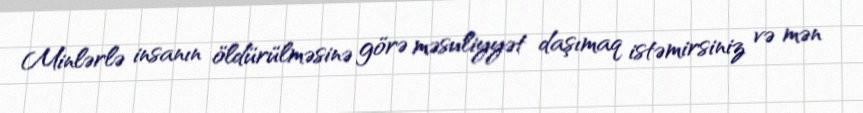
Minlərlə insanın öldürülməsinə görə məsuliyyət daşımaq istəmirsiniz və mən